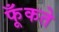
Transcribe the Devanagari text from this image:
फूँकते